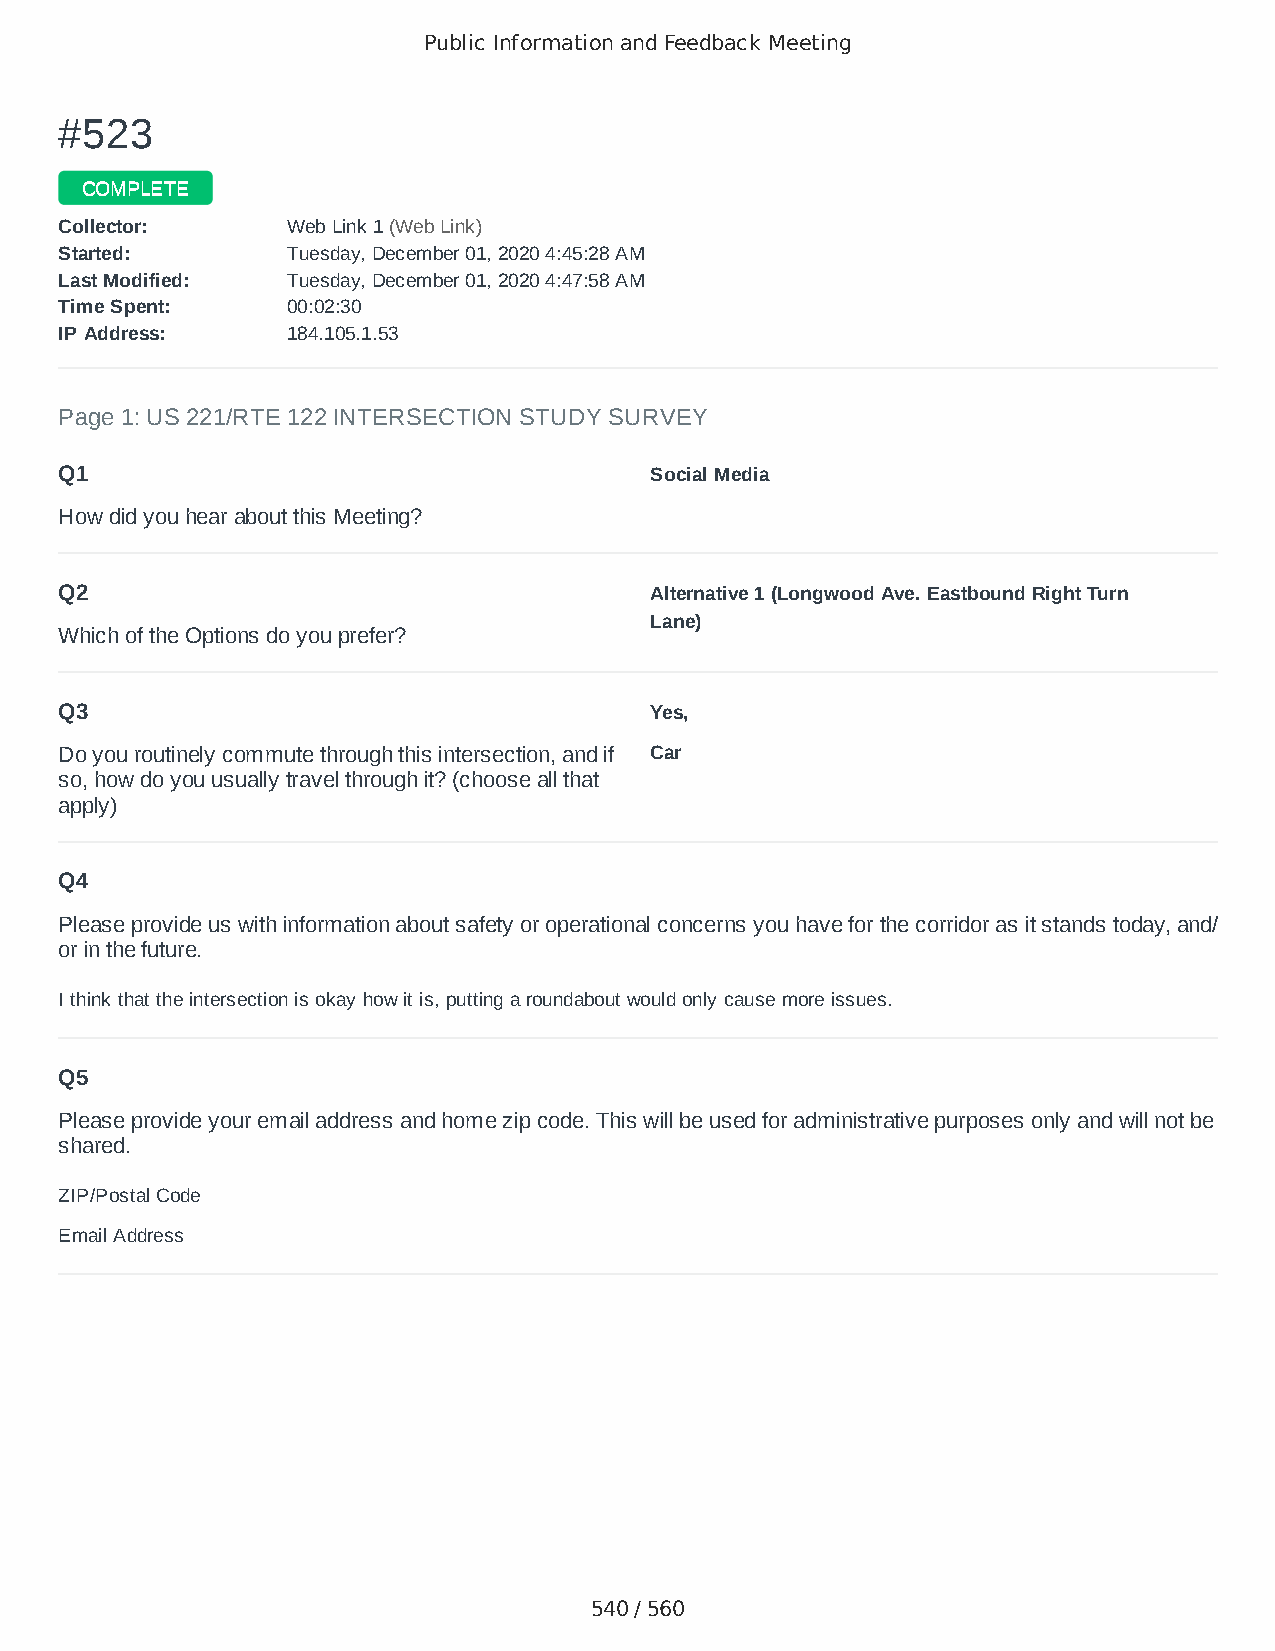
Public Information and Feedback Meeting
 ##552233
 CCOOMMPPLLEETTEE
 CCoolllleeccttoorr:: WWeebb LLiinnkk 11 ((WWeebb LLiinnkk))
 SSttaarrtteedd:: TTuueessddaayy,, DDeecceemmbbeerr 0011,, 22002200 44::4455::2288 AAMM
 LLaasstt MMooddiiffiieedd:: TTuueessddaayy,, DDeecceemmbbeerr 0011,, 22002200 44::4477::5588 AAMM
 TTiimmee SSppeenntt:: 0000::0022::3300
 IIPP AAddddrreessss:: 118844..110055..11..5533
 Page 1: US 221/RTE 122 INTERSECTION STUDY SURVEY
 Q1                                     Social Media
 How did you hear about this Meeting?
 Q2                                     Alternative 1 (Longwood Ave. Eastbound Right Turn
 Lane)
 Which of the Options do you prefer?
 Q3                                     Yes,
 Do you routinely commute through this intersection, and if Car
 so, how do you usually travel through it? (choose all that
 apply)
 Q4
 Please provide us with information about safety or operational concerns you have for the corridor as it stands today, and/
 or in the future.
 I think that the intersection is okay how it is, putting a roundabout would only cause more issues.
 Q5
 Please provide your email address and home zip code. This will be used for administrative purposes only and will not be
 shared.
 ZIP/Postal Code                        24523
 Email Address                          tlc6502@icloud.com
 540 / 560